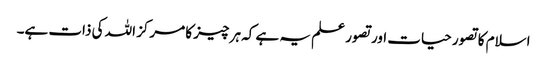
اسلام کا تصور حیات اور تصور علم یہ ہے کہ ہر چیز کا مرکز اللہ کی ذات ہے۔